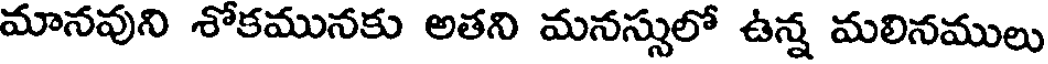
మానవుని శోకమునకు అతని మనస్సులో ఉన్న మలినములు